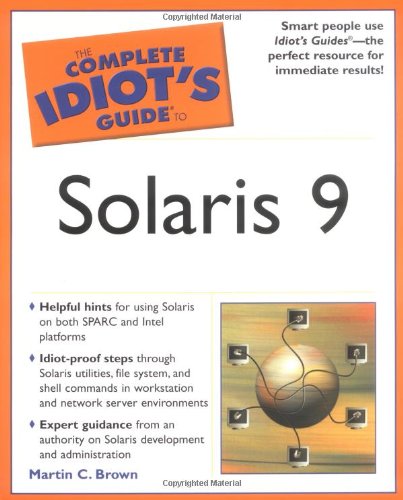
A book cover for The Complete Idiot's Guide to Solaris 9; Martin Charles Brown; Computers & Technology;